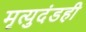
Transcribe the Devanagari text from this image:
मृत्युदंडही